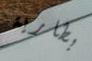
بطارية